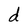
Character: d